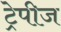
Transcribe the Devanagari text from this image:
ट्रेपीज